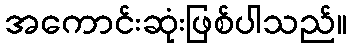
အကောင်းဆုံးဖြစ်ပါသည်။